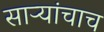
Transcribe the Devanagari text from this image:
साऱ्यांचाच